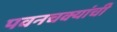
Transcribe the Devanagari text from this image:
पवनचक्यांची